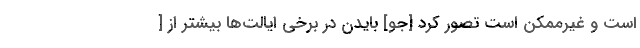
است و غیرممکن است تصور کرد [جو] بایدن در برخی ایالت‌ها بیشتر از [